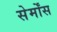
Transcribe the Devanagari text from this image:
सेर्मोंस